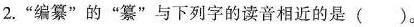
2.”编纂”的”纂”与下列字的读音相近的是()。